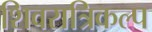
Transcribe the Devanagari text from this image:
शिवरात्रिकल्प